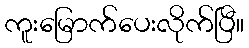
ကူးမြောက်ပေးလိုက်ပြီ။